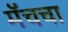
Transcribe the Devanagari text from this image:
मॅचचा